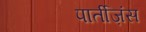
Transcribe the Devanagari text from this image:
पार्तीज़ंस